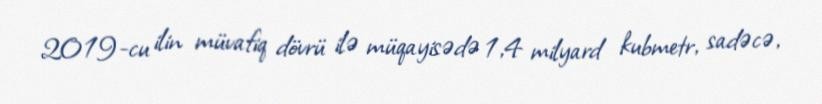
2019-cu ilin müvafiq dövrü ilə müqayisədə 1,4 milyard kubmetr, sadəcə,